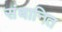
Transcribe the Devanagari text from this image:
संधानित